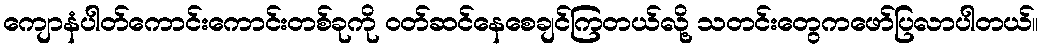
ကျောနံပါတ်ကောင်းကောင်းတစ်ခုကို ဝတ်ဆင်နေစေချင်ကြတယ်လို့ သတင်းတွေကဖော်ပြလာပါတယ်။